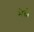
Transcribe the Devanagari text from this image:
भैदों